Bréfritari: Þuríður Einarsdóttir
Viðtakandi: Jón Borgfirðingur
Dagsetning: A-1894-09-23
Skrifað á: Silfrastöðum  Skag.
Óvíst

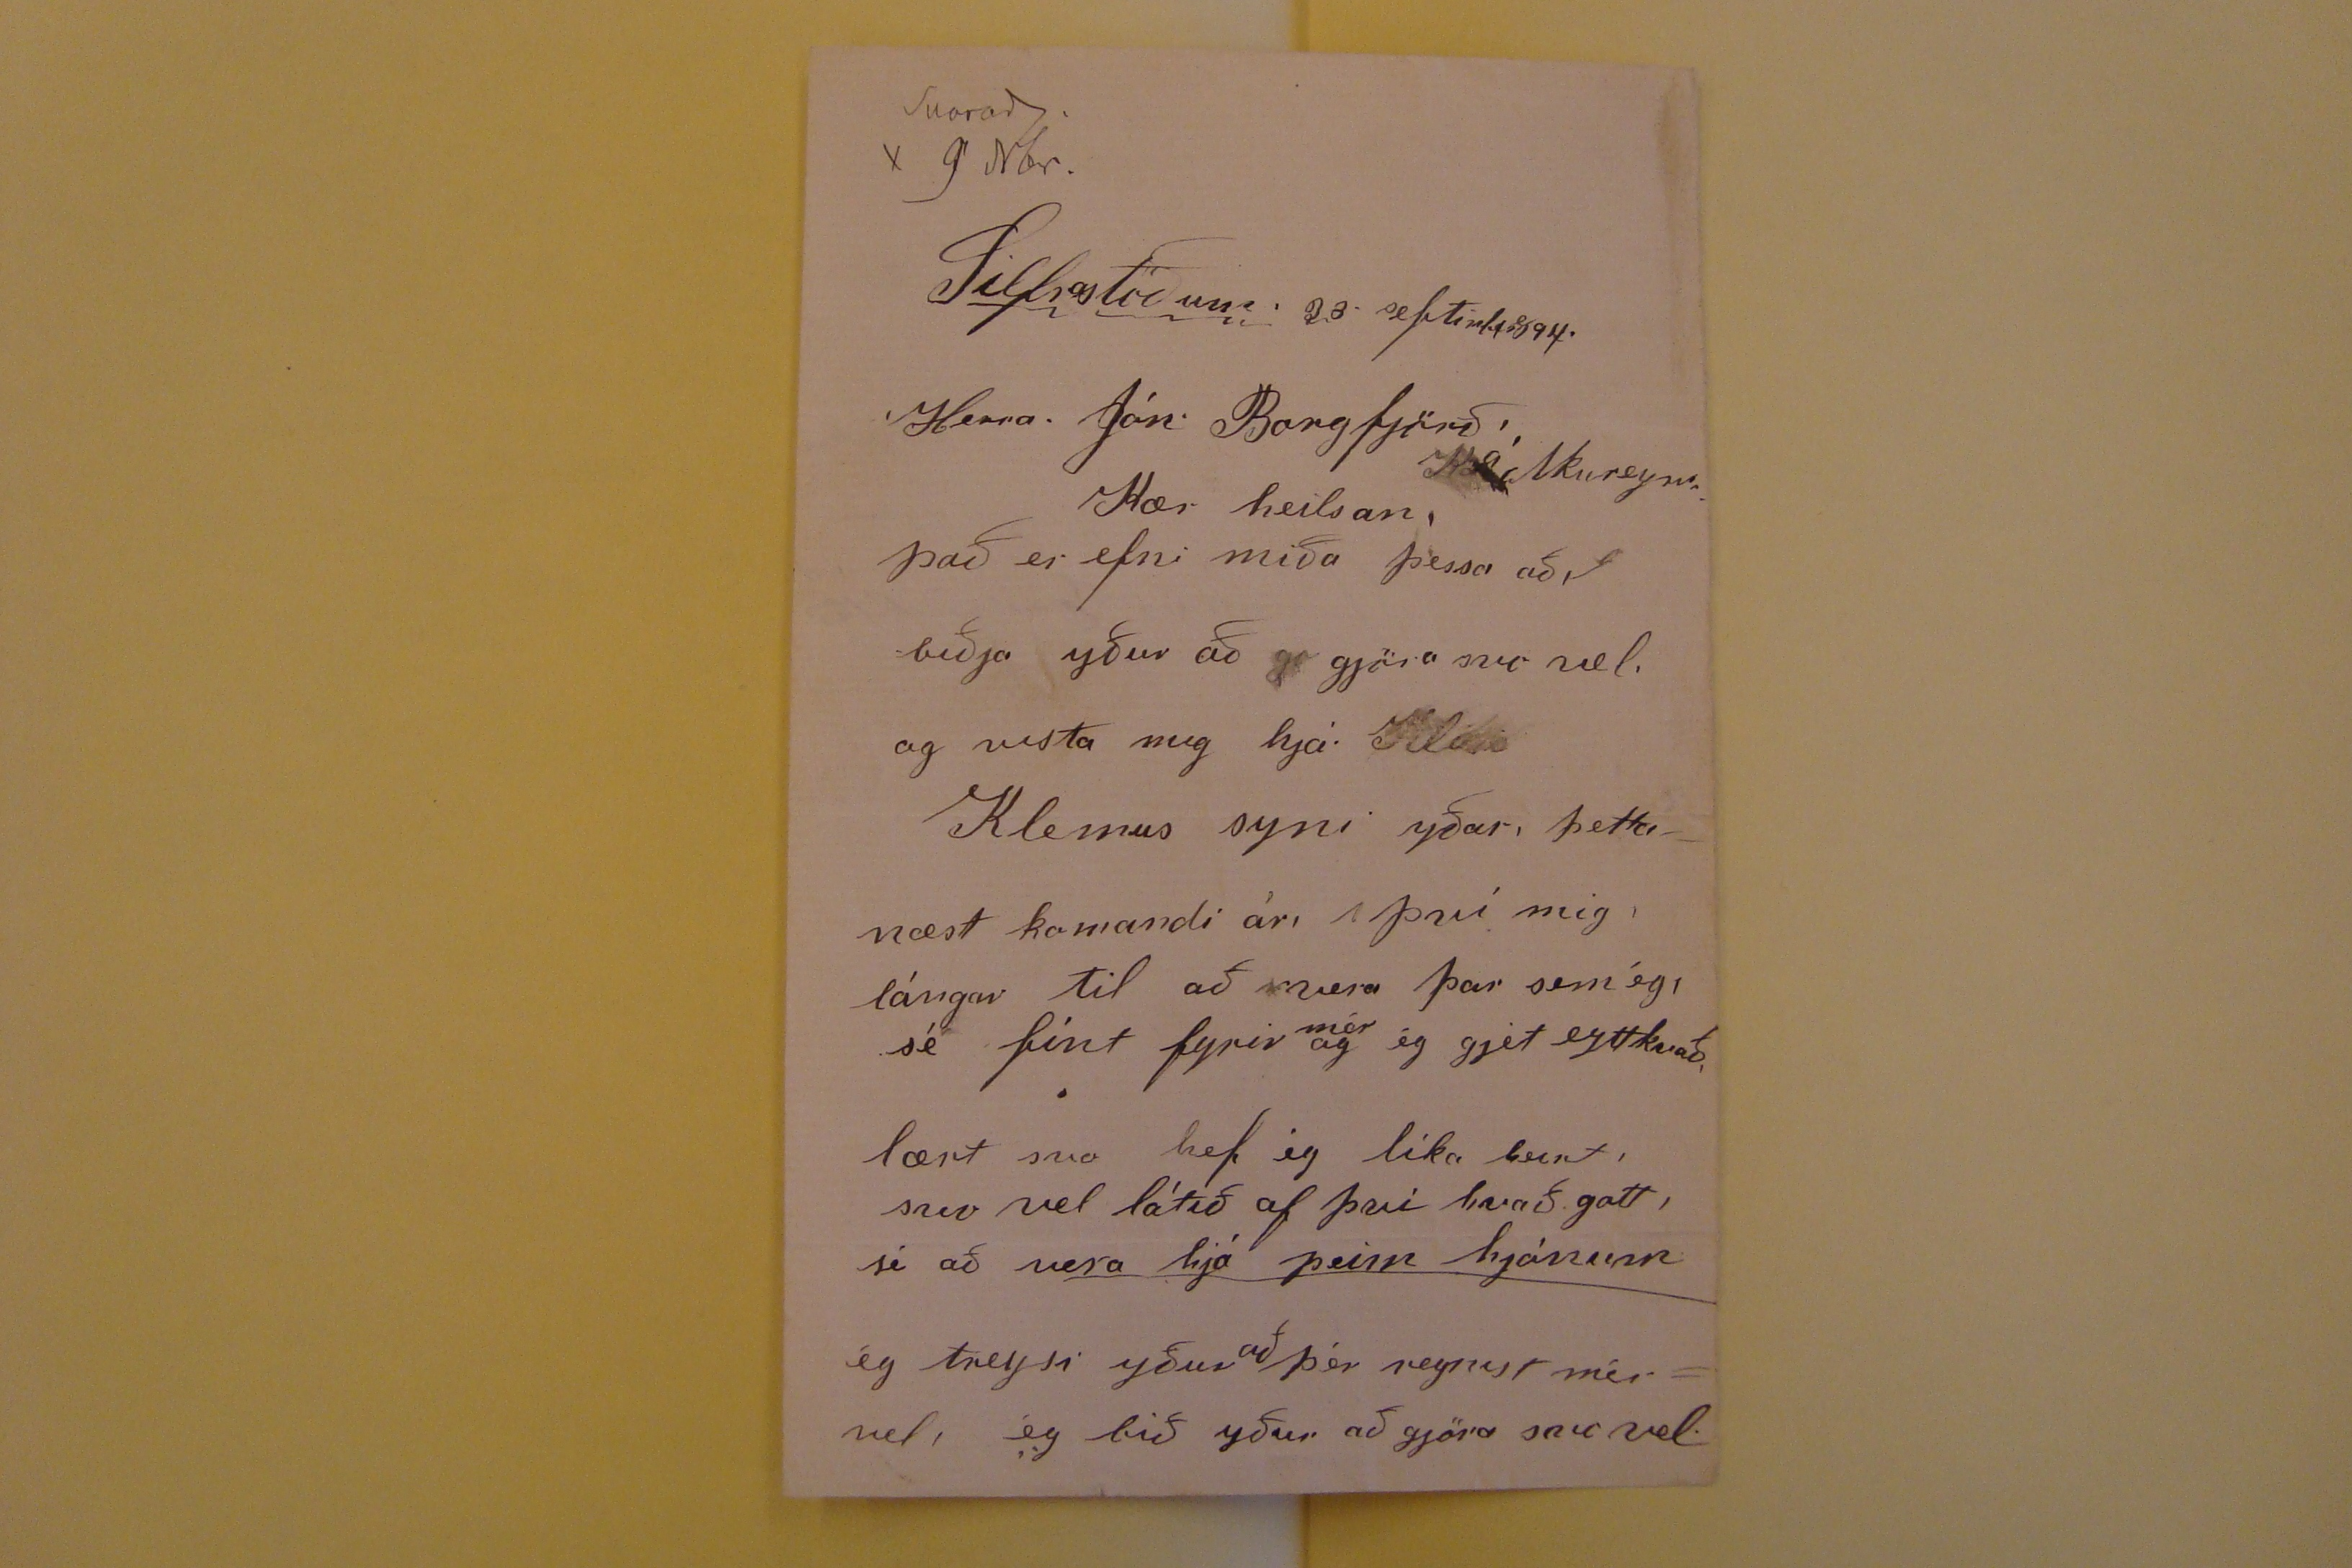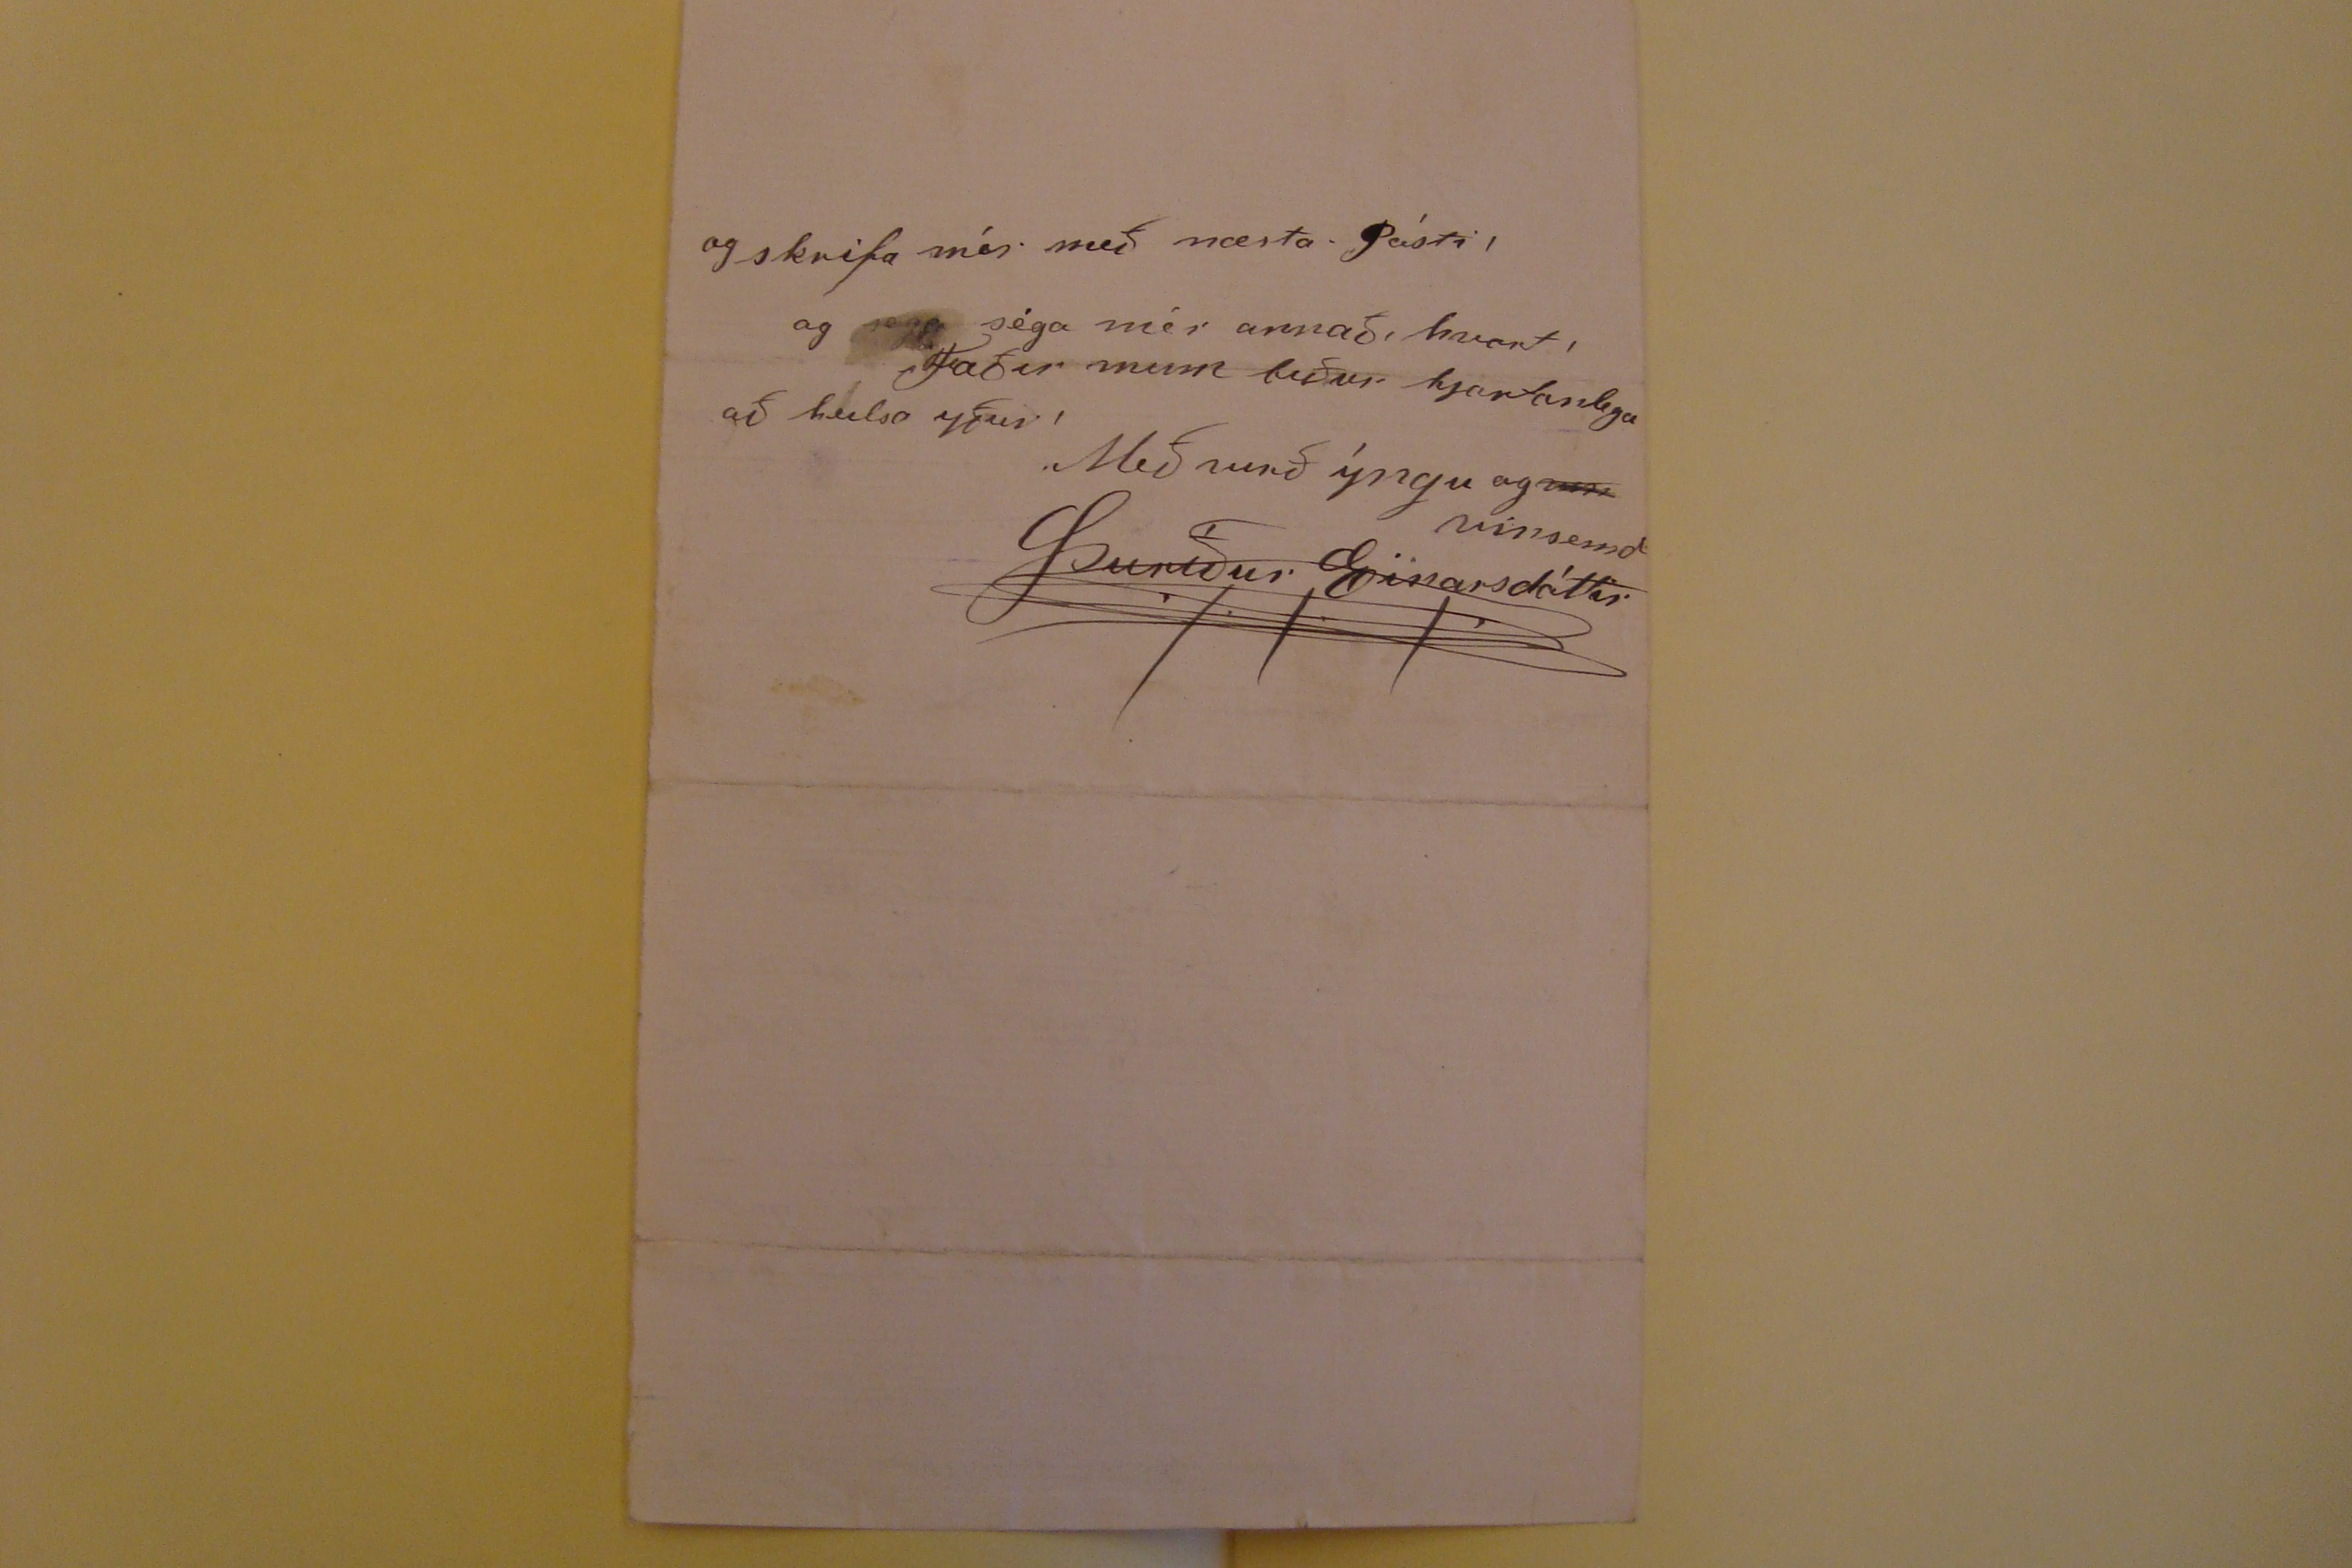

Svarad 9 Nóv
Silfrastöðum 23. septimb 1894.
Herra. Jón Borgfjörð á Akureyri.
Kær heilsan.
Það er efni miða þessa að, biðja yður að
go
gjöra svo vel. og vista mig hjá.
Kló
Klemus syni yðar, þetta næst komandi ár, því mig lángar til að vera þar sem ég, sé fint fyrir
mér
og ég gjet eyttkvað, lært svo hef ig lika
leint
, svo vel látið af þvi hvadð gott, sé að
vera hjá þeim hjónum
ég treysi yður að þér reynist mér vel, ég bið yður að gjöra svo vel
og skrifa mér með næsta Pósti! og
sega
séga mér annað, hvort!
Faðir minn biður hjartanlega að heilsa yður!
Með virð ýngu og
um
vinsemd
Þuríður Einarsdóttir